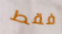
فقط